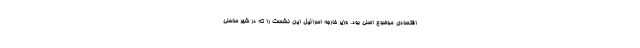
اقتصادی موضوع اصلی بود. وزیر خارجه اسرائیل این نشست را که در شهر ساحلی